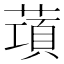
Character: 𦺣